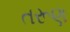
તરૂણ